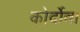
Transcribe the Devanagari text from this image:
कोर्दोवा